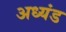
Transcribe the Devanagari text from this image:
अध्यंड